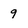
Character: 9